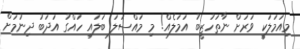
މިއަމަލަކީ ވަރަށް ނާތަހުޒީބު އަމަލެއް! މި މައްސަލަ ބަލައި ހައްގު އަދަބު ދިނުމަށް